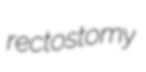
rectostomy